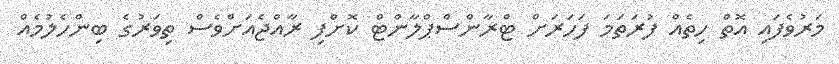
މަރުވެފައި އޮތް ހިތެއް ފުރަތަމަ ފަހަރަށް ޓްރާންސްޕްލާންޓް ކޮށްފި ރާއްޖެއަށްވެސް ތިވަރުގެ ބިންހެލުމެއް